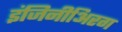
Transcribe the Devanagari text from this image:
इंजिनीअिरग